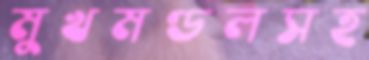
মুখমণ্ডলসহ